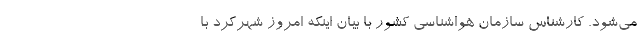
می‌شود. کارشناس سازمان هواشناسی کشور با بیان اینکه امروز شهرکرد با